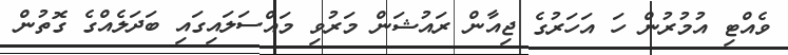
ވެއްޓި އުމުރުން ހަ އަހަރުގެ ޖިއާން ރައުޝަން މަރުވި މައްސަލައިގައި ބަދަލެއްގެ ގޮތުން